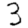
Digit: 3